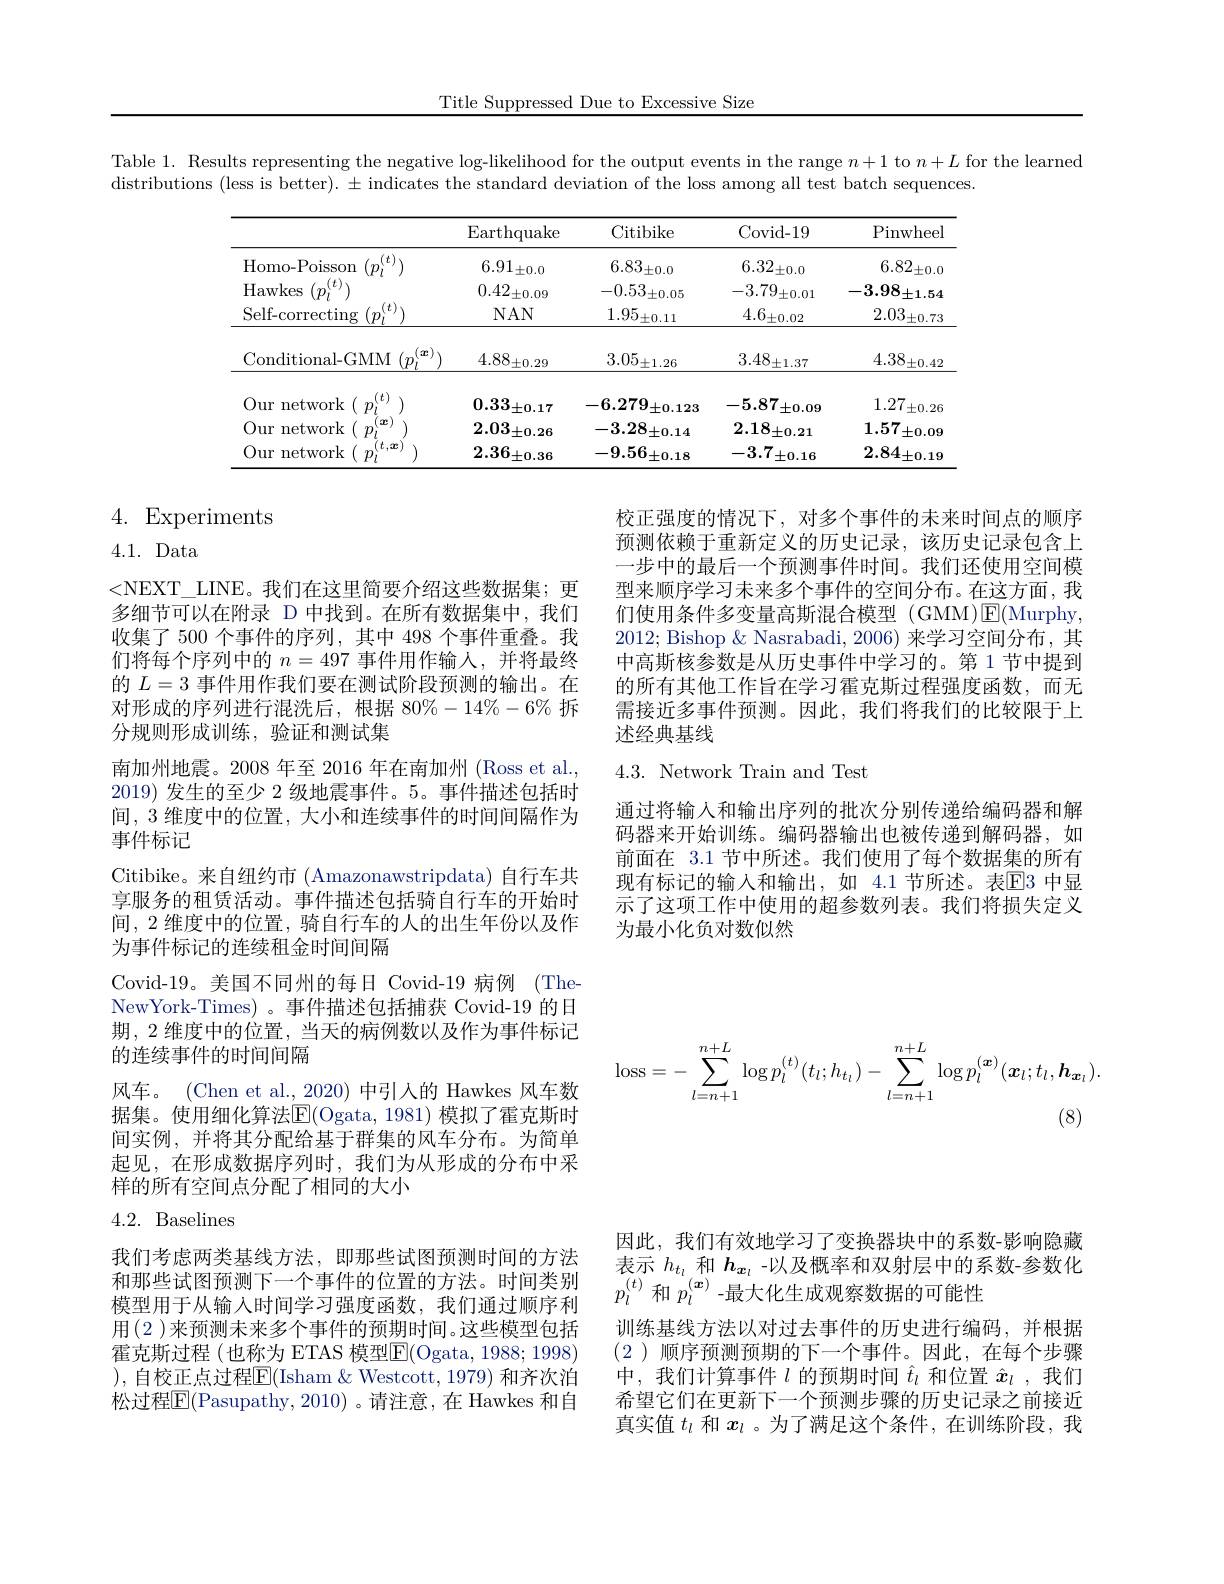
Title Suppressed Due to Excessive Size

Table 1. Results representing the negative log-likelihood for the output events in the range $n+1$ to $n+L$ for the learned
distributions (less is better). $\pm$ indicates the standard deviation of the loss among all test batch sequences

<table>
	<tbody>
		<tr>
			<th> </th>
			<th>$\operatorname{Earthquake}$</th>
			<th>Citibike</th>
			<th>Covid- 19</th>
			<th>Pinwhee</th>
		</tr>
		<tr>
			<td>Homo- Poisson</td>
			<td>$6.91_{\pm0.0}$</td>
			<td>$6.83_{\pm0.0}$</td>
			<td>$6.32_{\pm0.0}$</td>
			<td>6.82 $\therefore\pm0.0$</td>
		</tr>
		<tr>
			<td>Hawkes</td>
			<td>$0.42_{\pm0.09}$</td>
			<td>$-0.53_{\pm0.05}$</td>
			<td>$-3.79_{\pm0.01}$</td>
			<td>-3.98 $\pm1.54$</td>
		</tr>
		<tr>
			<td>Self-correcting $(p_{i}^{(t)}$ </td>
			<td>$NAN$</td>
			<td>$1.95_{\pm0.11}$</td>
			<td>$4.6_{\pm0.02}$</td>
			<td>$2.03_{\pm0.73}$</td>
		</tr>
		<tr>
			<td>Conditional-GMM $(p_{l}^{(\boldsymbol{x})})$</td>
			<td>$4.88_{\pm0.29}$</td>
			<td>$3.05_{\pm1.26}$</td>
			<td>$3.48_{\pm1.37}$</td>
			<td>$\underline{4.38_{\pm0.42}}$</td>
		</tr>
		<tr>
			<td>Our network</td>
			<td>$0.33_{\pm0.17}$</td>
			<td>$-6.279_{\pm0.123}$</td>
			<td>$-5.87_{\pm0.09}$</td>
			<td>1.27 $\pm0.26$</td>
		</tr>
		<tr>
			<td>Our network 1</td>
			<td>$2.03_{\pm0.26}$</td>
			<td>$-3.28_{\pm0.14}$</td>
			<td>$2.18_{\pm0.21}$</td>
			<td>1.57. $\pm0.09$</td>
		</tr>
		<tr>
			<td>t TE Our network 1</td>
			<td>$2.36_{\pm0.36}$</td>
			<td>$-9.56_{\pm0.18}$</td>
			<td>-3.7 $\pm0.16$</td>
			<td>$2.84_{\pm0.19}$</td>
		</tr>
	</tbody>
</table>

4. Experiments
4.1. Data

校正强度的情况下，对多个事件的未来时间点的顺序预测依赖于重新定义的历史记录，该历史记录包含上一步中的最后一个预测事件时间。我们还使用空间模型来顺序学习未来多个事件的空间分布。在这方面，我们使用条件多变量高斯混合模型 (GMM)E(Murphy, 2012; Bishop & Nasrabadi, 2006) 来学习空间分布，其中高斯核参数是从历史事件中学习的。第 1 节中提到的所有其他工作旨在学习霍克斯过程强度函数，而无需接近多事件预测。因此，我们将我们的比较限于上述经典基线

# 4.3. Network Train and Test

通过将输入和输出序列的批次分别传递给编码器和解码器来开始训练。编码器输出也被传递到解码器，如前面在 3.1 节中所述。我们使用了每个数据集的所有现有标记的输入和输出，如 4.1 节所述。表$\mathbb{E}$3 中显示了这项工作中使用的超参数列表。我们将损失定义为最小化负对数似然

<NEXT\_LINE。我们在这里简要介绍这些数据集；更多细节可以在附录 D 中找到。在所有数据集中，我们收集了 500 个事件的序列，其中 498 个事件重叠。我们将每个序列中的$n=497$事件用作输人，并将最终的$L=3$事件用作我们要在测试阶段预测的输出。在对形成的序列进行混洗后，根据 80%-14%-6% 拆分规则形成训练，验证和测试集
南加州地震。2008 年至 2016 年在南加州 (Ross et al., 2019)发生的至少 2 级地震事件。5。事件描述包括时间，3 维度中的位置，大小和连续事件的时间间隔作为事件标记
Citibike。来自纽约市(Amazonawstripdata) 自行车共享服务的租赁活动。事件描述包括骑自行车的开始时间，2 维度中的位置，骑自行车的人的出生年份以及作为事件标记的连续租金时间间隔
Covid-19。美国不同州的每日 Covid-19 病例 (TheNewYork-Times)。事件描述包括捕获 Covid-19 的日期，2 维度中的位置，当天的病例数以及作为事件标记的连续事件的时间间隔
风车。(Chen et al., 2020) 中引入的 Hawkes 风车数据集。使用细化算法E(Ogata,1981) 模拟了霍克斯时间实例，并将其分配给基于群集的风车分布。为简单起见，在形成数据序列时，我们为从形成的分布中采样的所有空间点分配了相同的大小
4.2. Baselines
$$\mathrm{loss}=-\sum_{l=n+1}^{n+L}\log p_{l}^{(t)}(t_{l};h_{t_{l}})-\sum_{l=n+1}^{n+L}\log p_{l}^{(\boldsymbol{x})}(\boldsymbol{x}_{l};t_{l},\boldsymbol{h}_{\boldsymbol{x}_{l}}).$$
(8)

因此，我们有效地学习了变换器块中的系数-影响隐藏表示$h_{t_l}$和$h_{x_l}$ -以及概率和双射层中的系数-参数化$p_l^{(t)}$和$p_l^{(\boldsymbol{x})}$ -最大化生成观察数据的可能性

我们考虑两类基线方法，即那些试图预测时间的方法和那些试图预测下一个事件的位置的方法。时间类别模型用于从输入时间学习强度函数，我们通过顺序利用(2 )来预测未来多个事件的预期时间。这些模型包括霍克斯过程 (也称为 ETAS 模型$\overline{\mathrm{F}}($Ogata, 1988; 1998) ),自校正点过程$\overline{\mathrm{F}}($Isham&Westcott, 1979) 和齐次泊松过程$\boxed{\mathrm{F}}($Pasupathy,2010) 。请注意，在 Hawkes 和自

训练基线方法以对过去事件的历史进行编码，并根据(2)顺序预测预期的下一个事件。因此，在每个步骤中，我们计算事件$l$的预期时间$\hat{t}_l$和位置$\hat{x}_l$ ,我们希望它们在更新下一个预测步骤的历史记录之前接近真实值$t_l$和$x_l$ 。为了满足这个条件，在训练阶段，我